Punjab Mental Hospital Lahore 1932-46 - 1932-1946
Year: 1932
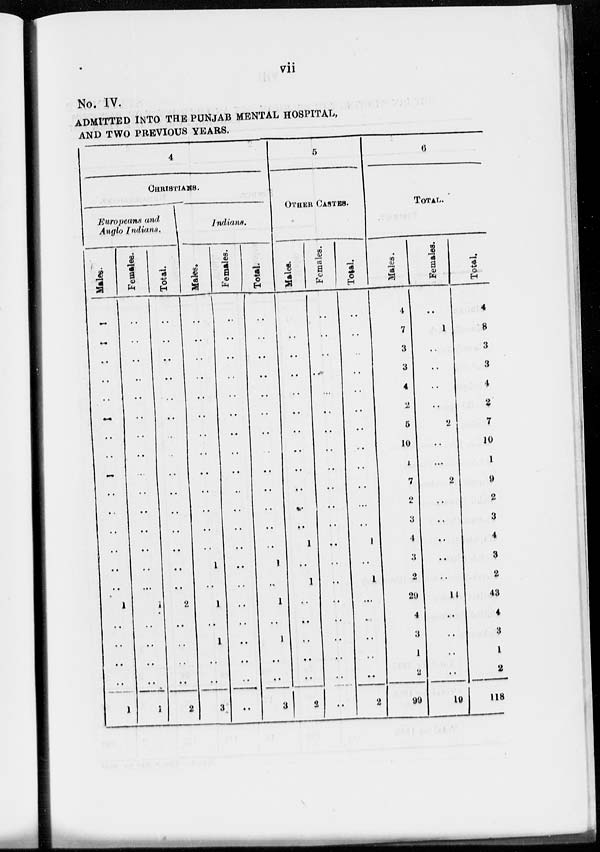
vii
No. IV.
ADMITTED INTO THE PUNJAB MENTAL HOSPITAL,
AND TWO PREVIOUS YEARS.
4
CHRISTIANS.
Europeans and
Anglo Indians.
Males.
..
..
..
..
..
..
..
..
..
..
..
..
..
..
..
1
..
..
..
..
1
Females.
..
..
..
..
..
..
..
..
..
..
..
..
..
..
..
1
..
..
..
..
1
Total.
..
..
..
..
..
..
..
..
..
..
..
..
..
..
..
2
..
..
..
..
2
Indians.
Males.
..
..
..
..
..
..
..
..
..
..
..
..
..
1
..
1
..
1
..
..
3
Females.
..
..
..
..
..
..
..
..
..
..
..
..
..
..
..
..
..
..
..
..
..
Total.
..
..
..
..
..
..
..
..
..
..
..
..
..
1
..
1
..
1
..
..
3
5
OTHER CASTES.
Males.
..
..
..
..
..
..
..
..
..
..
..
..
1
..
1
..
..
..
..
..
2
Females.
..
..
..
..
..
..
..
..
..
..
..
..
..
..
..
..
..
..
..
..
..
Total.
..
..
..
..
..
..
..
..
..
..
...
..
1
..
1
..
..
..
..
..
2
6
TOTAL.
Males.
4
7
3
3
4
2
5
10
1
7
2
3
4
3
2
29
4
3
1
2
99
Females.
..
1
..
..
..
..
2
..
...
2
..
..
..
..
..
11
..
..
..
..
19
Total.
4
8
3
3
4
2
7
10
1
9
2
3
4
3
2
43
4
3
1
2
118